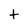
Character: t